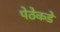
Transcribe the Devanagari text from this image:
पेठेकडे